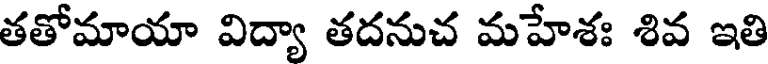
తతోమాయా విద్యా తదనుచ మహేశః శివ ఇతి